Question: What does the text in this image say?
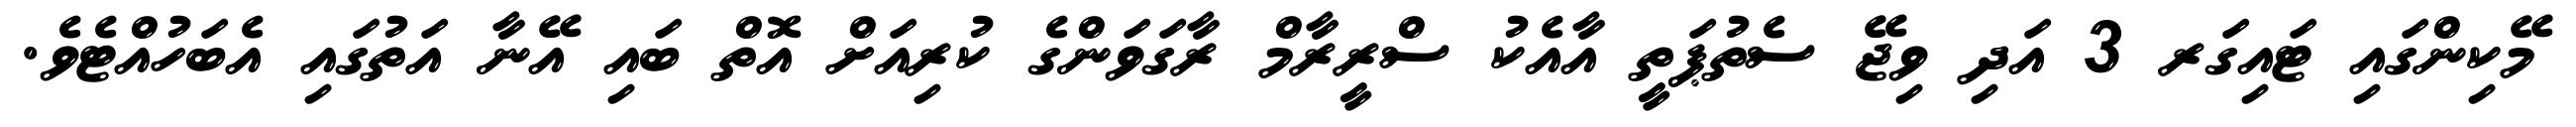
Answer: މޭކިންގައި ޓައިގަރ 3 އަދި ވިޖޭ ސެތުޕަތީ އާއެކު ސްރީރާމް ރާގަވަންގެ ކުރިއަށް އޮތް ބައި އޭނާ އަތުގައި އެބަހުއްޓެވެ.